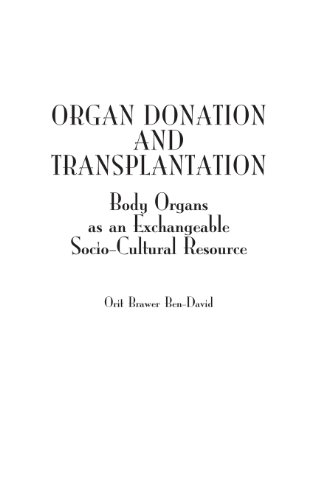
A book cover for Organ Donation and Transplantation: Body Organs as an Exchangeable Socio-Cultural Resource; Orit Brawer Ben-David; Health, Fitness & Dieting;